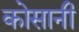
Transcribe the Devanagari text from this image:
कोसानी